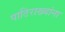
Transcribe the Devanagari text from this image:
पाठिराख्यांना